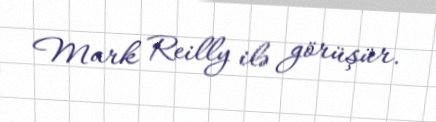
Mark Reilly ilə görüşür.